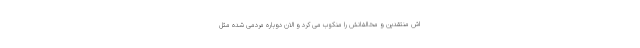
اش منتقدین و مخالفانش را منکوب می کرد و الان دوباره مردمی شده مثل